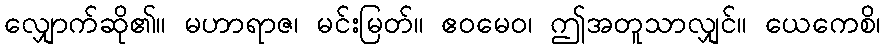
လျှောက်ဆို၏။ မဟာရာဇ၊ မင်းမြတ်။ ဧဝမေဝ၊ ဤအတူသာလျှင်။ ယေကေစိ၊